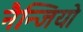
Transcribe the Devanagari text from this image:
नैन्जियो